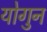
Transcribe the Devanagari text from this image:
योगुन